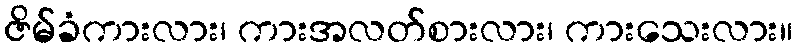
ဇိမ်ခံကားလား၊ ကားအလတ်စားလား၊ ကားသေးလား။